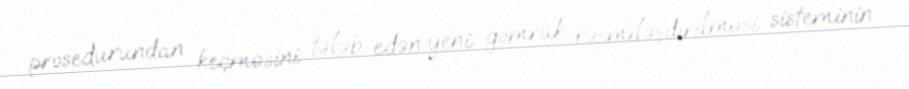
prosedurundan keçməsini tələb edən yeni gömrük rəsmiləşdirilməsi sisteminin